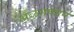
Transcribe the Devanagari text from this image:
अळगप्पान